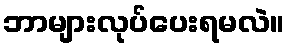
ဘာများလုပ်ပေးရမလဲ။